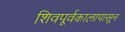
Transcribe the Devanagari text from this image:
शिवपूर्वकालापासून